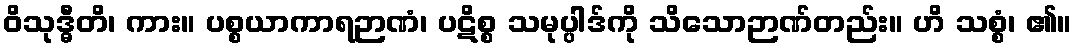
ဝိသုဒ္ဓီတိ၊ ကား။ ပစ္စယာကာရဉာဏံ၊ ပဋိစ္စ သမုပ္ပါဒ်ကို သိသောဉာဏ်တည်း။ ဟိ သစ္စံ၊ ၏။